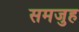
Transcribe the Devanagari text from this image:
समजुह